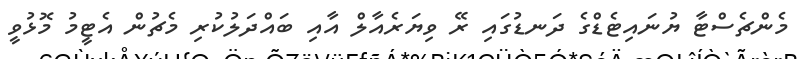
މެންޗެސްޓާ ޔުނައިޓެޑްގެ ދަނޑުގައި ރޭ ވިޔަރެއާލް އާއި ބައްދަލުކުރި މެޗުން އެޓީމު މޮޅުވީ